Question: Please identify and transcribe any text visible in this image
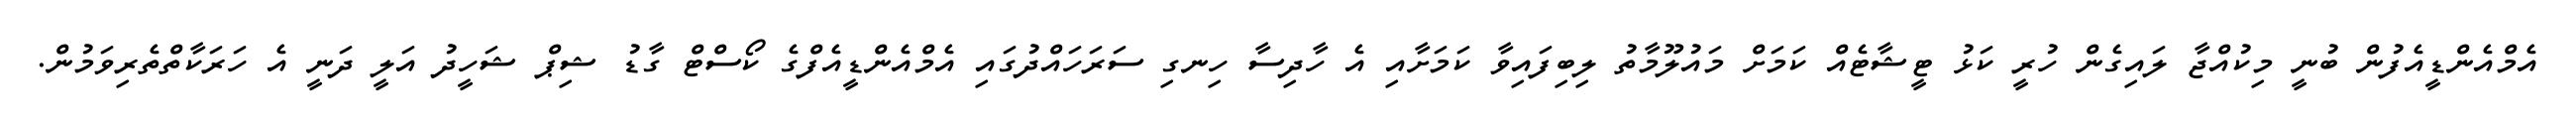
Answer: އެމްއެންޑީއެފުން ބުނީ މިކުއްޖާ ލައިގެން ހުރީ ކަޅު ޓީޝާޓެއް ކަމަށް މައުލޫމާތު ލިބިފައިވާ ކަމަށާއި އެ ހާދިސާ ހިނގި ސަރަހައްދުގައި އެމްއެންޑީއެފްގެ ކޯސްޓް ގާޑު ޝިޕް ޝަހީދު އަލީ ދަނީ އެ ހަރަކާތްތެރިވަމުން.